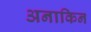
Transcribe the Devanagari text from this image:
अनाकिन